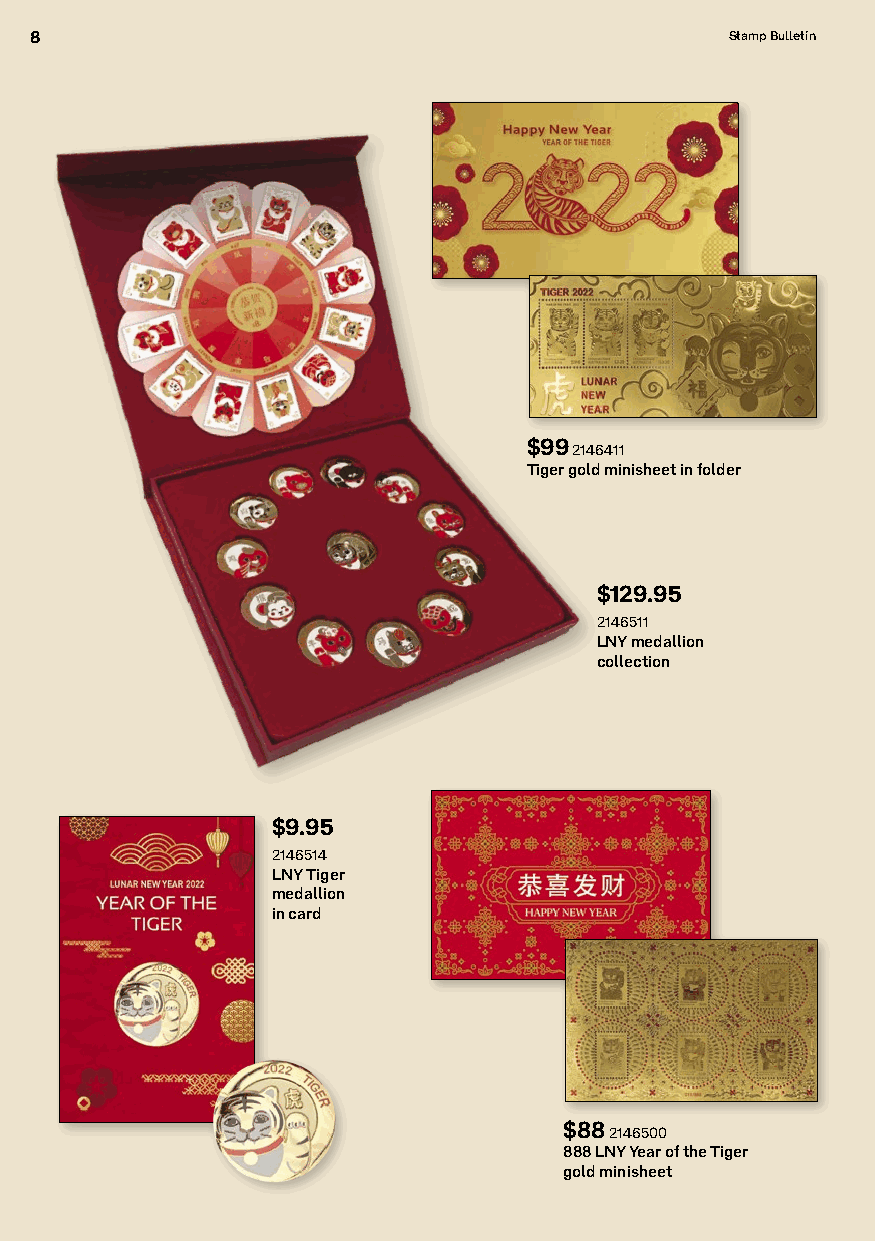
8                                             Stamp Bulletin
 $99 2146411
 Tiger gold minisheet in folder
 $129.95
 2146511
 LNY medallion
 collection
 $9.95
 2146514
 LNY Tiger
 medallion
 in card
 $88 2146500
 888 LNY Year of the Tiger
 gold minisheet